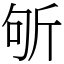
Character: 斪